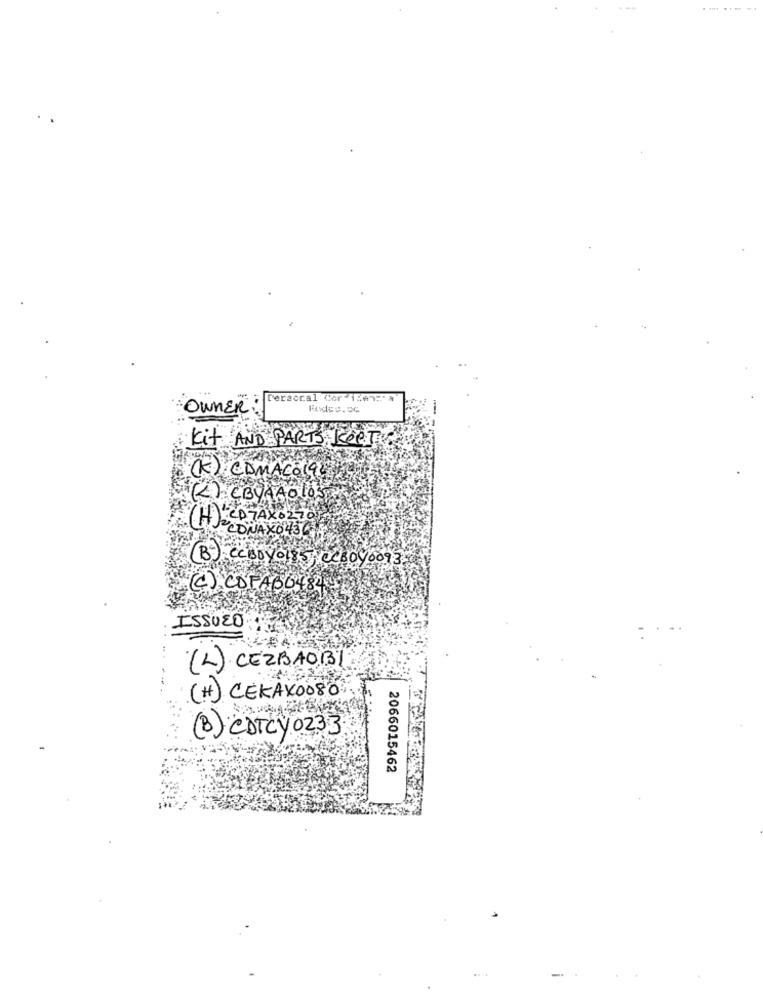
Peraccal Cor TEen:" A
OWNER
Kit AND PARTS KeeTI
(K) CDMACO190
(2) EBYAAO 105
(H)220 74X6270
CONAX0430
B) CCBOY0185, CCBOY0093
(C) COPAB6484
ISSUED
( L) CEZBAOB
(#) CEKAX0080
(B) CDTCY 0233
2066015462
.. .